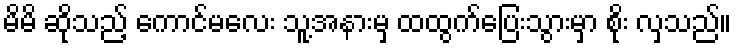
မိမိ ဆိုသည့် ကောင်မလေး သူ့အနားမှ ထထွက်ပြေးသွားမှာ စိုး လှသည်။